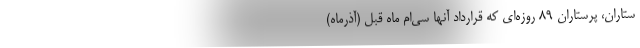
ستاران، پرستاران ۸۹ روزه‌ای که قرارداد آنها سی‌ام ماه قبل (آذرماه)